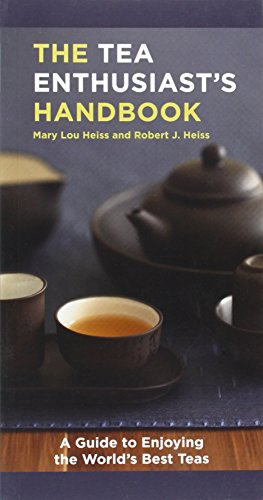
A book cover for The Tea Enthusiast's Handbook: A Guide to Enjoying the World's Best Teas; Mary Lou Heiss; Cookbooks, Food & Wine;